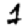
Digit: 1